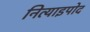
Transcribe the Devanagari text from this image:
नित्याइपोद